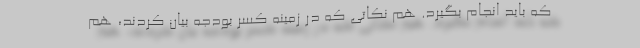
که باید انجام بگیرد. هم نکاتی که در زمینه کسر بودجه بیان کردند، هم